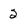
Character: 2